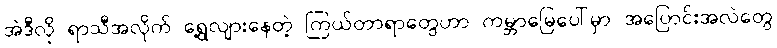
အဲဒီလို ရာသီအလိုက် ရွေ့လျားနေတဲ့ ကြယ်တာရာတွေဟာ ကမ္ဘာမြေပေါ်မှာ အပြောင်းအလဲတွေ